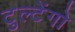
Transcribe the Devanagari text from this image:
टुल्टेंगो